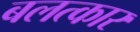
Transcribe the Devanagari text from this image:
बलत्कार